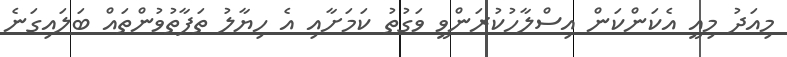
މިއަދު މިއީ އެކަންކަން އިސްލާހުކުރަންވީ ވަގުތު ކަމަށާއި އެ ހިޔާލު ތަފާތުވުންތައް ބަލައިގަނެ